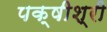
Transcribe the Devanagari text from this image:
पक्षीश्री